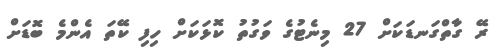
ރޭ ގާތްގަނޑަކަށް 27 މިނެޓުގެ ވަގުތު ކޮޅަކަށް ހިފި ކޭތަ އެންމެ ބޮޑަށް